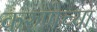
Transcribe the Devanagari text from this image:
करुणेच्या